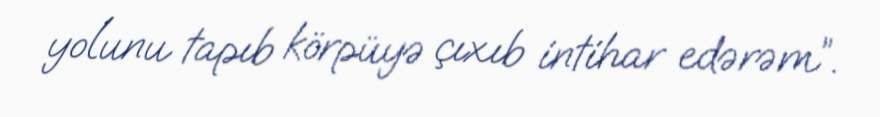
yolunu tapıb körpüyə çıxıb intihar edərəm”.